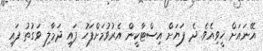
އޭނައަށް ހީވިއެވެ. ދެ ފަޔަށް އިސްޓާކީން އެރުވުމަށްފަހު ފައި ދަމާލި ވަގުތު ފައި